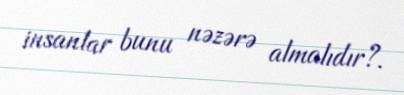
insanlar bunu nəzərə almalıdır?.